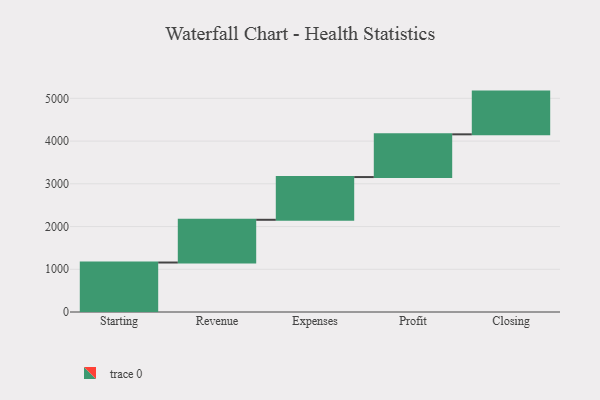
{"axis": {"x": "Step", "y": "Value"}, "legend": [""], "data": [{"x": "Starting", "y": 1158.0, "type": ""}, {"x": "Revenue", "y": 1000, "type": ""}, {"x": "Expenses", "y": 1000, "type": ""}, {"x": "Profit", "y": 1000, "type": ""}, {"x": "Closing", "y": 1000, "type": ""}]}